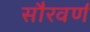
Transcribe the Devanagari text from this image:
सौरवर्ण